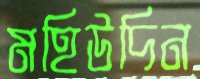
মহিউদিন